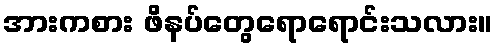
အားကစား ဖိနပ်တွေရောရောင်းသလား။